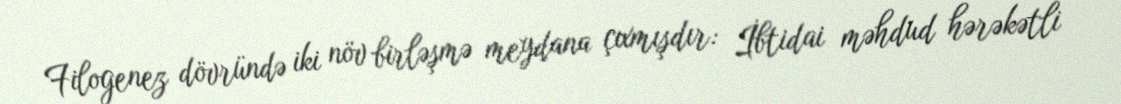
Filogenez dövründə iki növ birləşmə meydana çıxmışdır: İbtidai məhdud hərəkətli